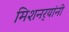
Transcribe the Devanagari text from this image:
मिशनर्‍यांनी